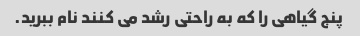
پنج گیاهی را که به راحتی رشد می کنند نام ببرید.